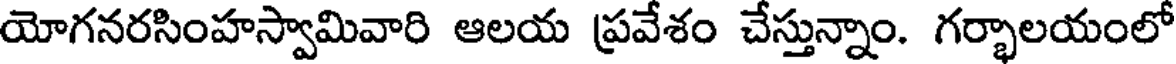
యోగనరసింహస్వామివారి ఆలయ ప్రవేశం చేస్తున్నాం. గర్భాలయంలో